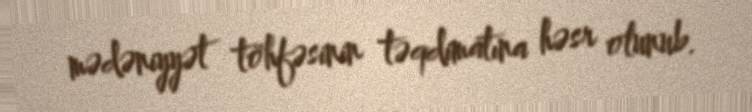
mədəniyyət töhfəsinin təqdimatına həsr olunub.